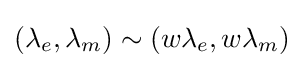
(\lambda _{e},\lambda _{m})\sim (w\lambda _{e},w\lambda _{m})